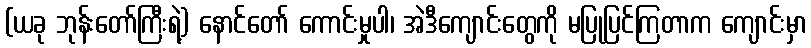
(ယခု ဘုန်းတော်ကြီးရဲ့) နောင်တော် ကောင်းမှုပါ၊ အဲဒီကျောင်းတွေကို မပြုပြင်ကြတာက ကျောင်းမှာ